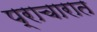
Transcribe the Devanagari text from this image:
प्राचारात